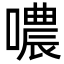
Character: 噥